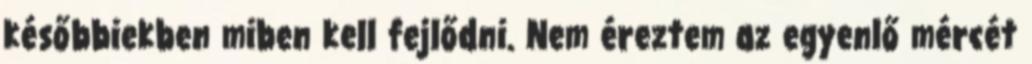
későbbiekben miben kell fejlődni. Nem éreztem az egyenlő mércét